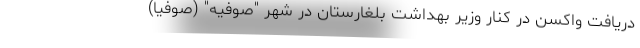
دریافت واکسن در کنار وزیر بهداشت بلغارستان در شهر "صوفیه" (صوفیا)